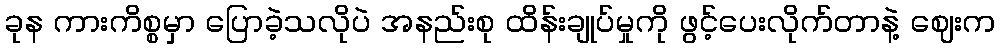
ခုန ကားကိစ္စမှာ ပြောခဲ့သလိုပဲ အနည်းစု ထိန်းချုပ်မှုကို ဖွင့်ပေးလိုက်တာနဲ့ ဈေးက